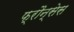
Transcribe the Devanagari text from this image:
फ्रौन्सेस